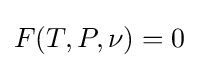
F(T,P,\nu )=0